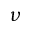
\nu